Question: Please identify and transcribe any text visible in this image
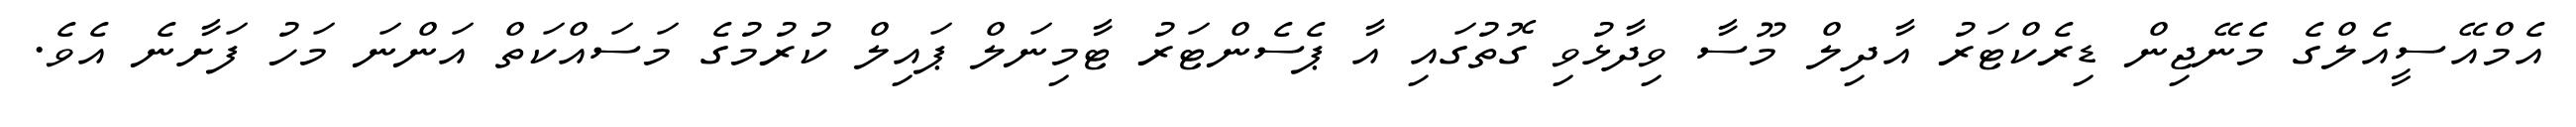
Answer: އެމްއޭސީއެލްގެ މެނޭޖިން ޑިރެކްޓަރު އާދިލް މޫސާ ވިދާޅުވި ގޮތުގައި އާ ޕެސެންޓަރު ޓާމިނަލް ޕައިލް ކުރުމުގެ މަސައްކަތް އަންނަ މަހު ފަށާނެ އެވެ.